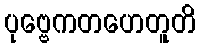
ပုဗ္ဗေကတဟေတူတိ